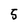
Character: 5